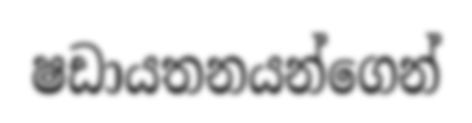
ෂඩායතනයන්ගෙන්